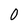
Character: 0